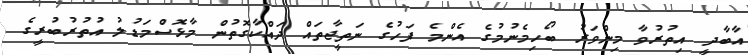
އާބާދީ އިތުރުވާ މިންވަރު ބޯހިމެނުމުގެ އެންމެ ފަހުގެ ނަތީޖާތައް ދައްކާގޮތުން މާޅޮސްމަޑުލު އުތުރުބުރީގެ